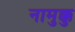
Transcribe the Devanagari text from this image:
नामुक्कु